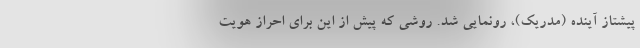
پیشتاز آینده (مدریک)، رونمایی شد. روشی که پیش از این برای احراز هویت